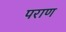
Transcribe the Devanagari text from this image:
पराण